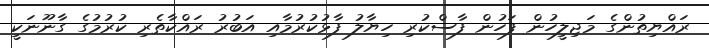
ރައްޔިތުންގެ މަޖިލީހުން ފަހުން ފާސްކުރި ހިޔާލު ފާޅުކުރުމާއި އަބުރު ރައްކާތެރި ކުރުމުގެ ގާނޫނަކީ